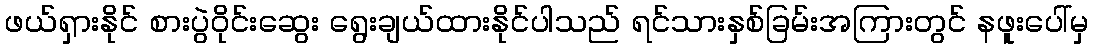
ဖယ်ရှားနိုင် စားပွဲဝိုင်းဆွေး ရွေးချယ်ထားနိုင်ပါသည် ရင်သားနှစ်ခြမ်းအကြားတွင် နဖူးပေါ်မှ